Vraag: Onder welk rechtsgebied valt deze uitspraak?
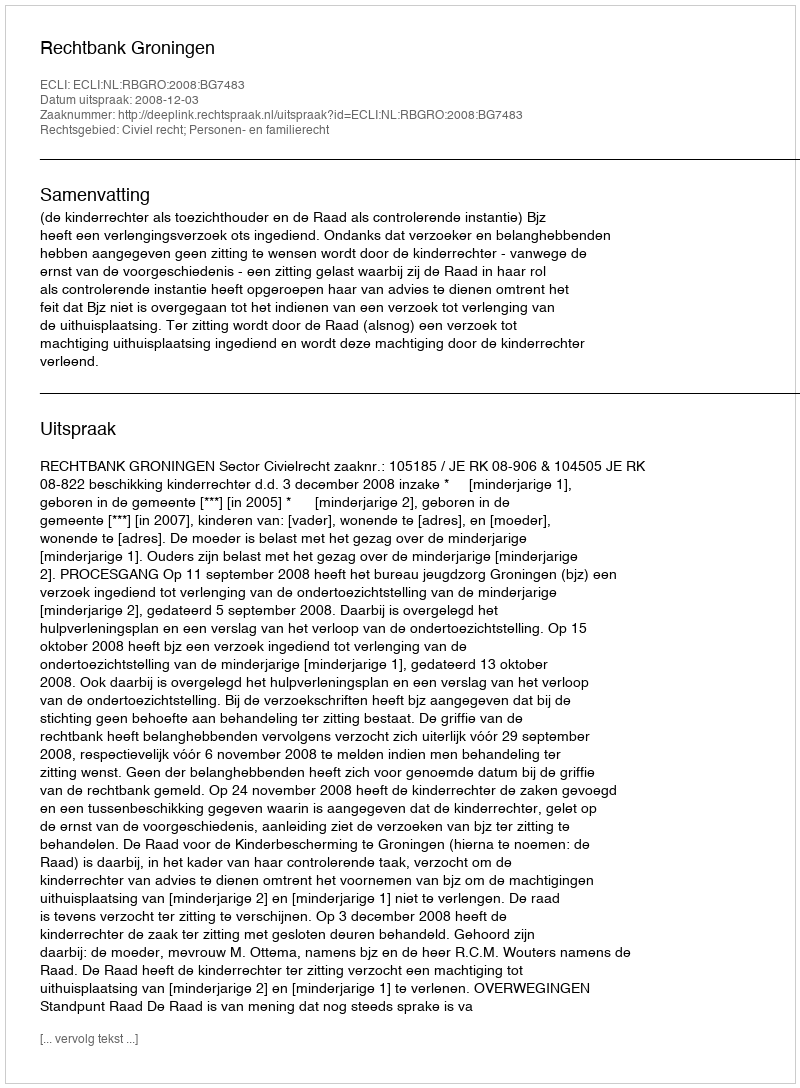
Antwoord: Civiel recht; Personen- en familierecht